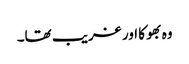
وہ بھوکا اور غریب تھا۔